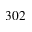
3 0 2